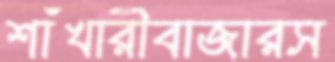
শাঁখারীবাজারস